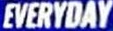
EVERYDAY